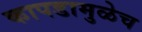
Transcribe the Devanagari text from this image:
कापडामुळेच